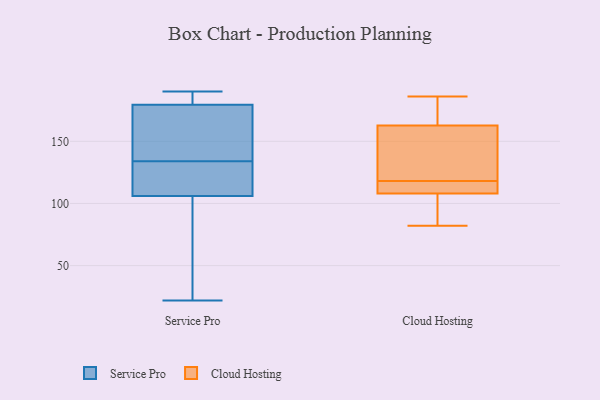
{"axis": {"x": "Tickets Resolved", "y": "Value"}, "legend": ["Cloud Hosting", "Service Pro"], "data": [{"x": "", "y": 190, "type": "Service Pro"}, {"x": "", "y": 109, "type": "Service Pro"}, {"x": "", "y": 134, "type": "Service Pro"}, {"x": "", "y": 34, "type": "Service Pro"}, {"x": "", "y": 124, "type": "Service Pro"}, {"x": "", "y": 22, "type": "Service Pro"}, {"x": "", "y": 158, "type": "Service Pro"}, {"x": "", "y": 105, "type": "Service Pro"}, {"x": "", "y": 190, "type": "Service Pro"}, {"x": "", "y": 181, "type": "Service Pro"}, {"x": "", "y": 175, "type": "Service Pro"}, {"x": "", "y": 101, "type": "Cloud Hosting"}, {"x": "", "y": 90, "type": "Cloud Hosting"}, {"x": "", "y": 110, "type": "Cloud Hosting"}, {"x": "", "y": 126, "type": "Cloud Hosting"}, {"x": "", "y": 174, "type": "Cloud Hosting"}, {"x": "", "y": 108, "type": "Cloud Hosting"}, {"x": "", "y": 116, "type": "Cloud Hosting"}, {"x": "", "y": 177, "type": "Cloud Hosting"}, {"x": "", "y": 119, "type": "Cloud Hosting"}, {"x": "", "y": 142, "type": "Cloud Hosting"}, {"x": "", "y": 181, "type": "Cloud Hosting"}, {"x": "", "y": 118, "type": "Cloud Hosting"}, {"x": "", "y": 108, "type": "Cloud Hosting"}, {"x": "", "y": 159, "type": "Cloud Hosting"}, {"x": "", "y": 112, "type": "Cloud Hosting"}, {"x": "", "y": 186, "type": "Cloud Hosting"}, {"x": "", "y": 82, "type": "Cloud Hosting"}]}